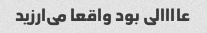
عاااالی بود واقعا می‌ارزید